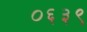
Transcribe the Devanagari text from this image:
०६३९